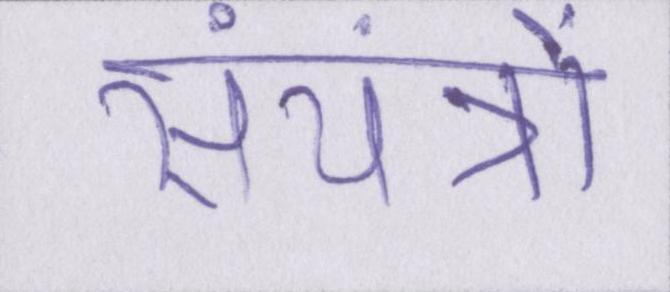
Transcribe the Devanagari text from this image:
संयंत्रों